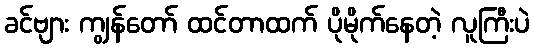
ခင်ဗျား ကျွန်တော် ထင်တာထက် ပိုမိုက်နေတဲ့ လူကြီးပဲ